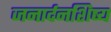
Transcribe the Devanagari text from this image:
जनार्दनशिष्य